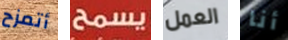
أتمزح يسمح العمل أنا